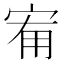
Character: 𭓰